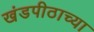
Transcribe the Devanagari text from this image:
खंडपीठाच्या